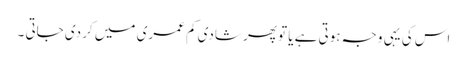
اس کی یہی وجہ ہوتی ہے یا تو پھر شادی کم عمری میں کر دی جاتی ۔